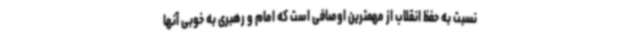
نسبت به حفظ انقلاب از مهمترین اوصافی است که امام و رهبری به خوبی آنها